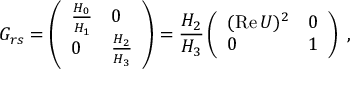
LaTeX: G _ { r s } = \left( \begin{array} { l l } { { { \frac { H _ { 0 } } { H _ { 1 } } } } } & { { 0 } } \\ { { 0 } } & { { { \frac { H _ { 2 } } { H _ { 3 } } } } } \end{array} \right) = { \frac { H _ { 2 } } { H _ { 3 } } } \left( \begin{array} { l l } { { ( \mathrm { R e } \, U ) ^ { 2 } } } & { { 0 } } \\ { { 0 } } & { { 1 } } \end{array} \right) \; ,